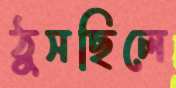
ঠুসছিলে